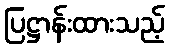
ပြဋ္ဌာန်းထားသည့်